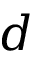
d